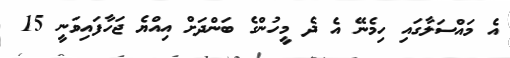
އެ މައްސަލާގައި ހިމެނޭ އެ ދެ މީހުންގެ ބަންދަށް އިއްޔެ ޖަހާފައިވަނީ 15